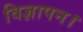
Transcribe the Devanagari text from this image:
विज्ञापन।